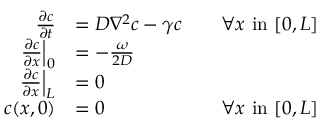
\begin{array} { r l r } { \frac { \partial c } { \partial t } } & { = D \nabla ^ { 2 } c - \gamma c } & { \quad \forall x \mathrm { ~ i n ~ } [ 0 , L ] } \\ { \left. \frac { \partial c } { \partial x } \right| _ { 0 } } & { = - \frac { \omega } { 2 D } } \\ { \left. \frac { \partial c } { \partial x } \right| _ { L } } & { = 0 } \\ { c ( x , 0 ) } & { = 0 } & { \forall x \mathrm { ~ i n ~ } [ 0 , L ] } \end{array}